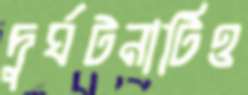
দুর্ঘটনাটিও